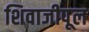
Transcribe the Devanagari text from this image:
शिवाजीपूल